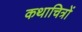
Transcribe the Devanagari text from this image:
कथाचित्रों